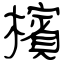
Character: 檳